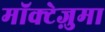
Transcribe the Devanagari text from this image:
मॉक्टेज़ुमा